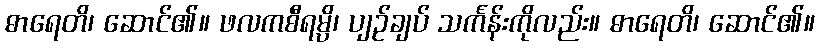
ဓာရေတိ၊ ဆောင်၏။ ဖလကစီရမ္ပိ၊ ပျဉ်ချပ် သင်္ကန်းကိုလည်း။ ဓာရေတိ၊ ဆောင်၏။